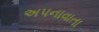
અપનાવાતા